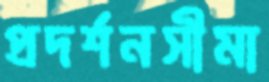
প্রদর্শনসীমা